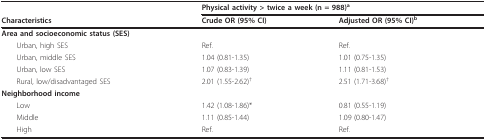
|  | <COLSPAN=2> Physical activity > twice a week (n = 988)a |
 | Characteristics | Crude OR (95% CI) | Adjusted OR (95% CI)b |
 | --- | --- | --- |
 | Area and socioeconomic status (SES) |  |  |
 | Urban, high SES | Ref. | Ref. |
 | Urban, middle SES | 1.04 (0.81-1.35) | 1.01 (0.75-1.35) |
 | Urban, low SES | 1.07 (0.83-1.39) | 1.11 (0.81-1.53) |
 | Rural, low/disadvantaged SES | 2.01 (1.55-2.62)† | 2.51 (1.71-3.68)† |
 | Neighborhood income |  |  |
 | Low | 1.42 (1.08-1.86)* | 0.81 (0.55-1.19) |
 | Middle | 1.11 (0.85-1.44) | 1.09 (0.80-1.47) |
 | High | Ref. | Ref. |